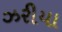
ઝરીયા